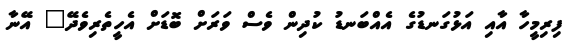
ފިރިމީހާ އާއި އަޅުގަނޑުގެ އެއްބަނޑު ކުދިން ވެސް ވަރަށް ބޮޑަށް އެހީތެރިވެދޭ" އޭނާ